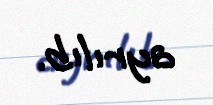
ayrılıb.